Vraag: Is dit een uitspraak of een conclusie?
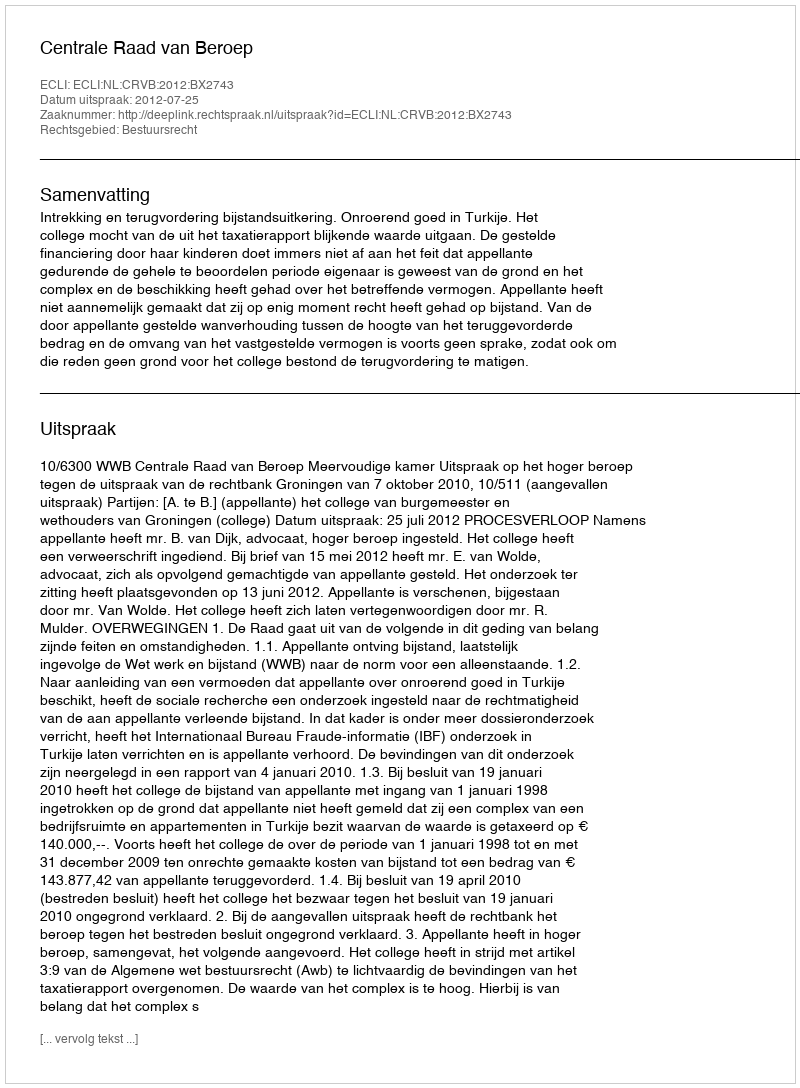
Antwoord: Uitspraak